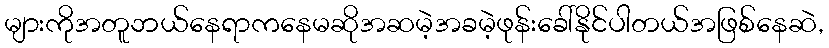
များကိုအတူဘယ်နေရာကနေမဆိုအဆမဲ့အခမဲ့ဖုန်းခေါ်နိုင်ပါတယ်အဖြစ်နေဆဲ,